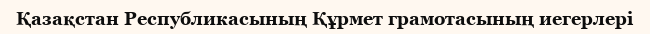
Қазақстан Республикасының Құрмет грамотасының иегерлері